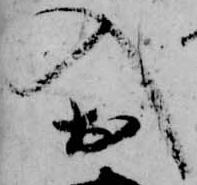
入